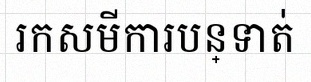
រកសមីការបន្ទាត់